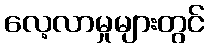
လေ့လာမှုများတွင်